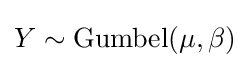
Y\sim \mathrm {Gumbel} (\mu ,\beta )